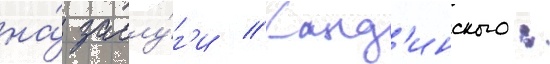
на́ заслу́г'и // Канд'инского: